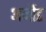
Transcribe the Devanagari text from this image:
अर्नौड